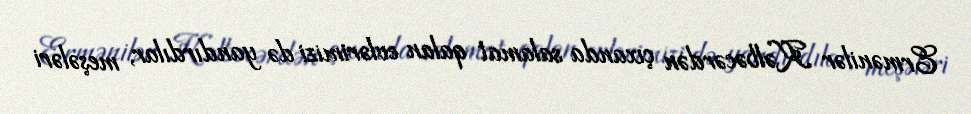
Ermənilər Kəlbəcərdən çıxanda salamat qalan evlərimizi də yandırdılar, meşələri